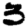
Digit: 3